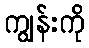
ကျွန်းကို